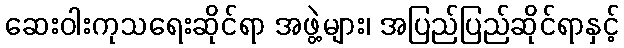
ဆေးဝါးကုသရေးဆိုင်ရာ အဖွဲ့များ၊ အပြည်ပြည်ဆိုင်ရာနှင့်